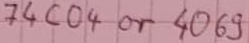
Text: 74CO4 or 4069